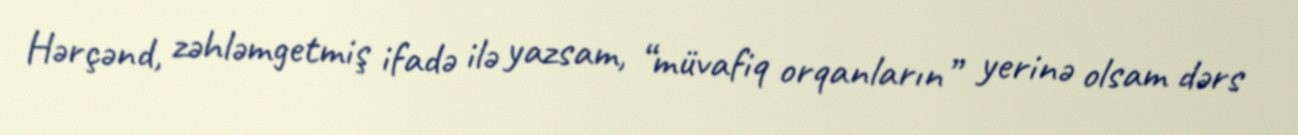
Hərçənd, zəhləmgetmiş ifadə ilə yazsam, “müvafiq orqanların” yerinə olsam dərs